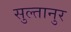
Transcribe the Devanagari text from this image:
सुल्तानुर